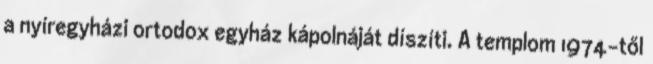
a nyíregyházi ortodox egyház kápolnáját díszíti. A templom 1974-től